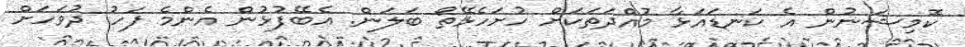
ކޮމިޝަނުން އެ ކަނޑައަޅާ މުއްދަތަކަށް ހުށަހެޅޭތޯ ބަލަން. އެބޭފުޅުން އެންމެ ފަހު ދުވަހަށް